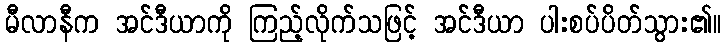
မီလာနီက အင်ဒီယာကို ကြည့်လိုက်သဖြင့် အင်ဒီယာ ပါးစပ်ပိတ်သွား၏။